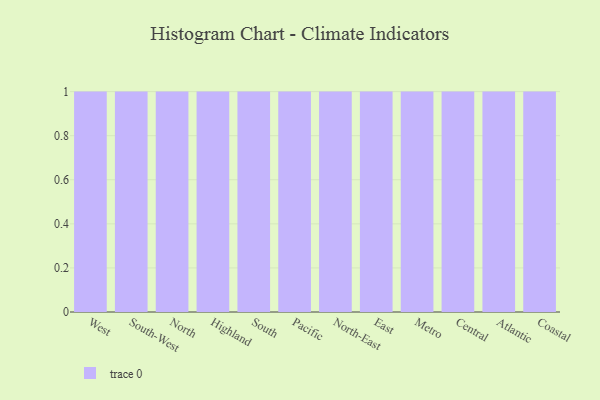
{"axis": {"x": "Region", "y": "Energy Usage (MWh)"}, "legend": [""], "data": [{"x": "West", "y": 44, "type": ""}, {"x": "South-West", "y": 45, "type": ""}, {"x": "North", "y": 10, "type": ""}, {"x": "Highland", "y": 58, "type": ""}, {"x": "South", "y": 28, "type": ""}, {"x": "Pacific", "y": 97, "type": ""}, {"x": "North-East", "y": 60, "type": ""}, {"x": "East", "y": 68, "type": ""}, {"x": "Metro", "y": 14, "type": ""}, {"x": "Central", "y": 41, "type": ""}, {"x": "Atlantic", "y": 80, "type": ""}, {"x": "Coastal", "y": 33, "type": ""}]}